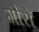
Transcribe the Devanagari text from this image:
गौरों